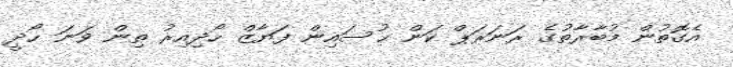
އެގޮތުން މުބާރާތުގެ ރަނަރަޕް ކަން ޙުސައިން ފަޔާޒް ހޯދިއިރު ތިން ވަނަ ހޯދީ